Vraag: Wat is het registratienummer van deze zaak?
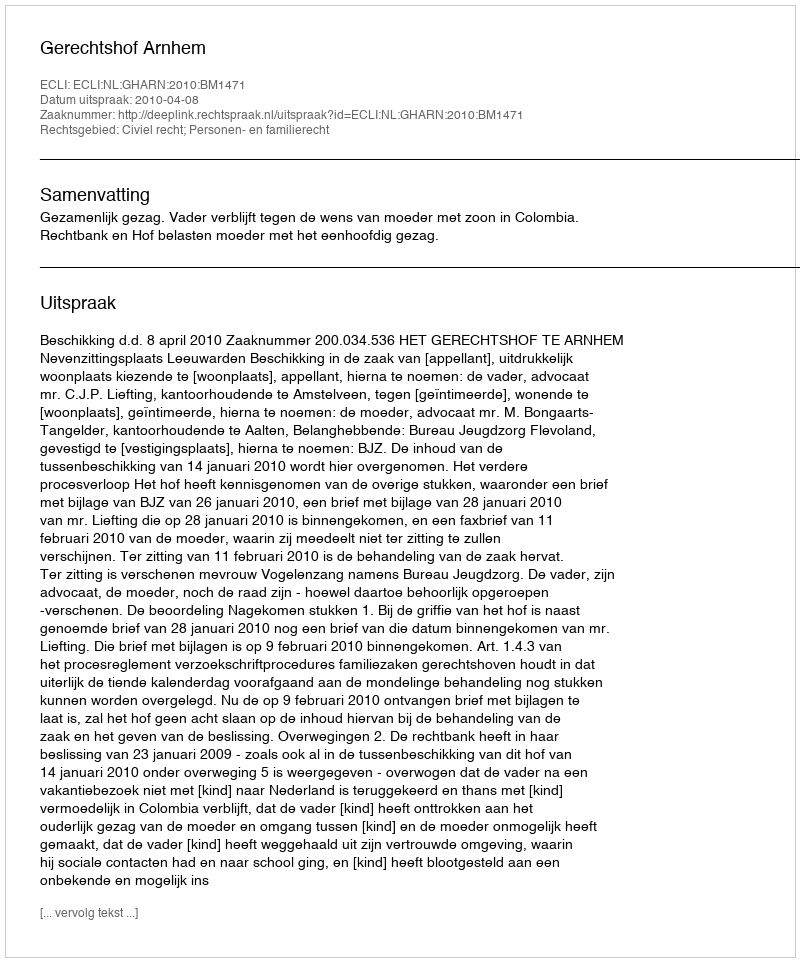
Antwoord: http://deeplink.rechtspraak.nl/uitspraak?id=ECLI:NL:GHARN:2010:BM1471